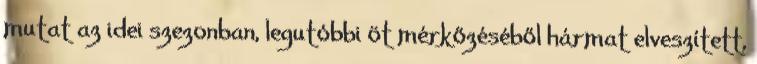
mutat az idei szezonban, legutóbbi öt mérkőzéséből hármat elveszített,